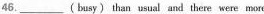
46.___(busy) than usual and there were more